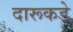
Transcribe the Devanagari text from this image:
दारूकडे